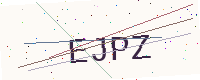
Text: EJPZ